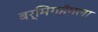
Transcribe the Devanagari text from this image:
बर्मिगहॅमला